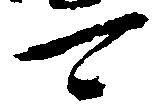
可